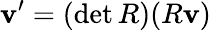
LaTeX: \mathbf{v}^{\prime}=(\operatorname*{det}R)(R\mathbf{v})